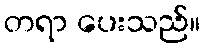
တရာ ပေးသည်။